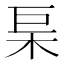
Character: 𭩢